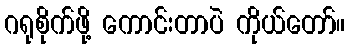
ဂရုစိုက်ဖို့ ကောင်းတာပဲ ကိုယ်တော်။